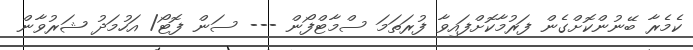
ކެމެރާ ބޭނުންކޮށްގެން ފަރުމާކޮށްފައިވާ ފުރަތަމަ ސްމާޓްފޯން --- ސަން ފޮޓޯ/ އަހުމަދު ޝަރުވާން